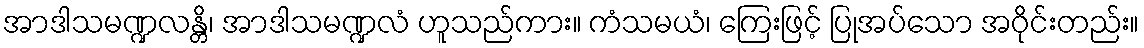
အာဒါသမဏ္ဍလန္တိ၊ အာဒါသမဏ္ဍလံ ဟူသည်ကား။ ကံသမယံ၊ ကြေးဖြင့် ပြုအပ်သော အဝိုင်းတည်း။